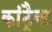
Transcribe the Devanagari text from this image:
कांट्रैक्ट